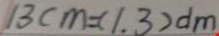
1 3 c m = ( 1 . 3 ) d m